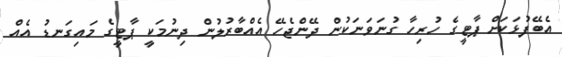
އެބޭފުޅަކަށް ޕާޓީގެ ހުރިހާ ގުނަވަނަކުން ދޭންޖެހޭ އެއްބާރުލުން ދިނުމަކީ ޕާޓީގެ މައިގަނޑު އެއް